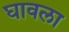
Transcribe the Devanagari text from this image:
घावला